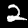
Label: 2